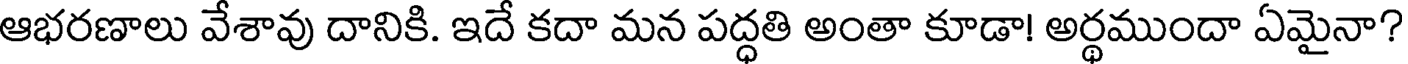
ఆభరణాలు వేశావు దానికి. ఇదే కదా మన పద్ధతి అంతా కూడా! అర్థముందా ఏమైనా?